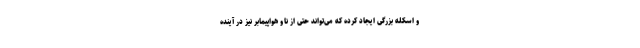
و اسکله بزرگی ایجاد کرده که می‌تواند حتی از ناو هواپیمابر نیز در آینده